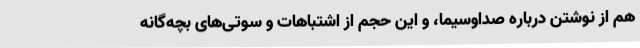
هم از نوشتن درباره صداوسیما، و این حجم از اشتباهات و سوتی‌های بچه‌گانه